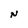
Character: N